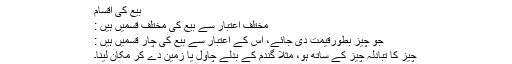
بیع کی اقسام
مختلف اعتبار سے بیع کی مختلف قسمیں ہیں :
جو چیز بطورِقیمت دی جائے، اس کے اعتبار سے بیع کی چار قسمیں ہیں :
چیز کا تبادلہ چیز کے ساتھ ہو، مثلا گندم کے بدلے چاول یا زمین دے کر مکان لینا۔